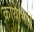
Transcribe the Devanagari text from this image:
कोयाभाई